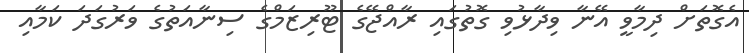
އެގޮތަށް ދިމާވީ އޭނާ ވިދާޅުވި ގޮތުގައި ރާއްޖޭގެ ޓޫރިޒަމްގެ ސިނާއަތުގެ ވަރުގަދަ ކަމާއި